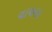
વાચનાર